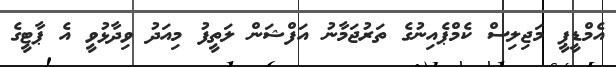
އެމްޑީޕީ މަޖިލިސް ކެމްޕެއިނުގެ ތަރުޖަމާނު އަފްޝަން ލަތީފު މިއަދު ވިދާޅުވީ އެ ޕާޓީގެ